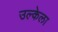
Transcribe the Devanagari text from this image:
उल्केला